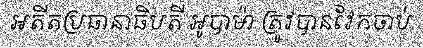
អតីតប្រធានាធិបតី អូបាម៉ា ត្រូវបានវែកចាប់